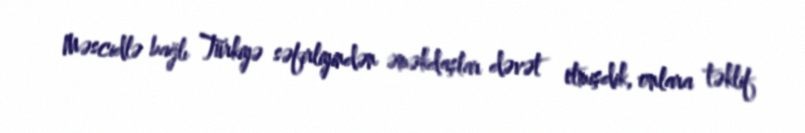
Məscidlə bağlı Türkiyə səfirliyindən əməkdaşlar dəvət etmişdik, onlara təklif